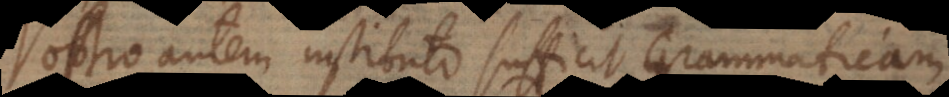
ostro autem instituto sufficit Grammaticam